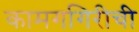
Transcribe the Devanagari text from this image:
कामगगिरीची